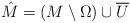
LaTeX: \begin{align*}\hat M = (M\setminus \Omega) \cup \overline U\end{align*}